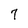
Character: 7